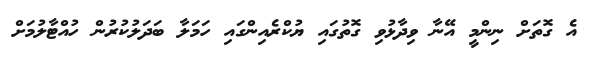
އެ ގޮތަށް ނިންމީ އޭނާ ވިދާޅުވި ގޮތުގައި ޔުކްރެއިންގައި ހަމަލާ ބަދަލުކުރުން ހުއްޓާލުމަށް